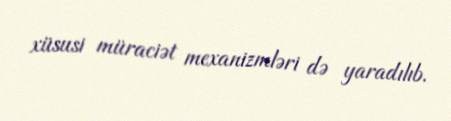
xüsusi müraciət mexanizmləri də yaradılıb.